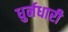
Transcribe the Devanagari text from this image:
धुर्नधारी